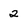
Character: 2